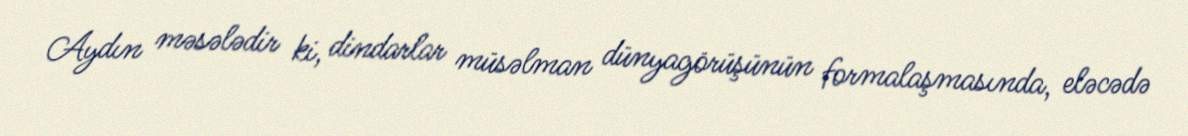
Aydın məsələdir ki, dindarlar müsəlman dünyagörüşünün formalaşmasında, eləcədə